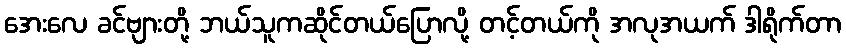
အေးလေ ခင်ဗျားတို့ ဘယ်သူကဆိုင်တယ်ပြောလို့ တင့်တယ်ကို အလုအယက် ဒါရိုက်တာ